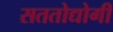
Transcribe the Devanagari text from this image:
सततोद्योगी